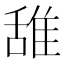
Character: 𫕛